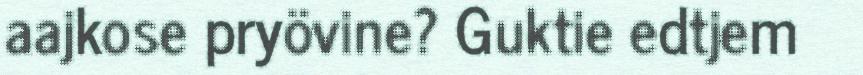
aajkose pryövine? Guktie edtjem